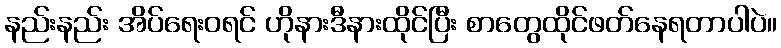
နည်းနည်း အိပ်ရေးဝရင် ဟိုနားဒီနားထိုင်ပြီး စာတွေထိုင်ဖတ်နေရတာပါပဲ။